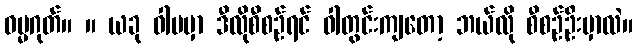
ဓမ္မဂုတ်။ ။ ယခု ဝါပမှာ ဒီလိုစီစဉ်ရင် ဝါတွင်းကျတော့ ဘယ်လို စီစဉ်ဦးမှာလဲ။